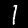
Label: 1